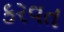
કરવત